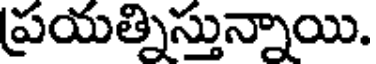
ప్రయత్నిస్తున్నాయి.